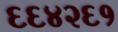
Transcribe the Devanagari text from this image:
६६४२६१